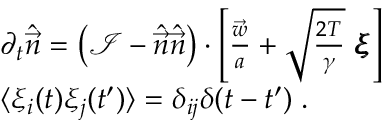
\begin{array} { r l } & { \partial _ { t } \hat { \vec { n } } = \left( \mathcal { I } - \hat { \vec { n } } \hat { \vec { n } } \right) \cdot \left[ \frac { \vec { w } } { a } + \sqrt { \frac { 2 T } { \gamma } } \ \pmb { \xi } \right] } \\ & { \langle \xi _ { i } ( t ) \xi _ { j } ( t ^ { \prime } ) \rangle = \delta _ { i j } \delta ( t - t ^ { \prime } ) \; . } \end{array}